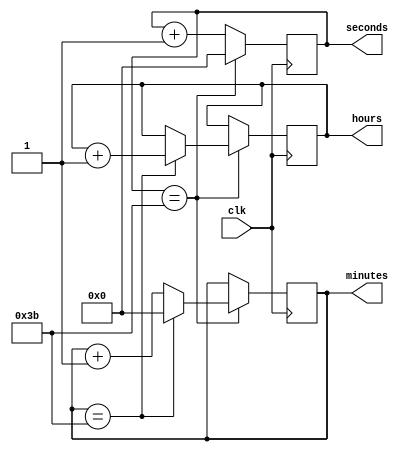
module clock_divider(
    input wire clk,
    output reg [3:0] hours,
    output reg [5:0] minutes,
    output reg [5:0] seconds
);

reg [3:0] hours_count;
reg [5:0] minutes_count;
reg [5:0] seconds_count;

always @(posedge clk) begin
    if (seconds_count == 59) begin
        seconds_count <= 0;
        if (minutes_count == 59) begin
            minutes_count <= 0;
            if (hours_count == 23) begin
                hours_count <= 0;
            end else begin
                hours_count <= hours_count + 1;
            end
        end else begin
            minutes_count <= minutes_count + 1;
        end
    end else begin
        seconds_count <= seconds_count + 1;
    end
end

assign seconds = seconds_count;
assign minutes = minutes_count;
assign hours = hours_count;

endmodule